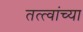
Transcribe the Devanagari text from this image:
तत्‍त्वांच्या